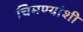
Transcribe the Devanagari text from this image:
चिमण्यांशी